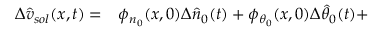
\begin{array} { r l } { \Delta \hat { v } _ { s o l } ( x , t ) = } & { { } \phi _ { n _ { 0 } } ( x , 0 ) \Delta \hat { n } _ { 0 } ( t ) + \phi _ { \theta _ { 0 } } ( x , 0 ) \Delta \hat { \theta } _ { 0 } ( t ) + } \end{array}